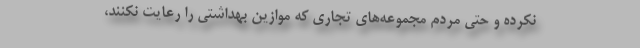
نکرده و حتی مردم مجموعه‌های تجاری که موازین بهداشتی را رعایت نکنند،